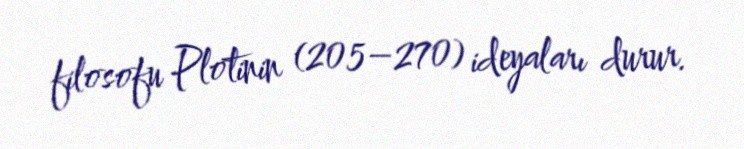
filosofu Plotinin (205–270) ideyaları durur.